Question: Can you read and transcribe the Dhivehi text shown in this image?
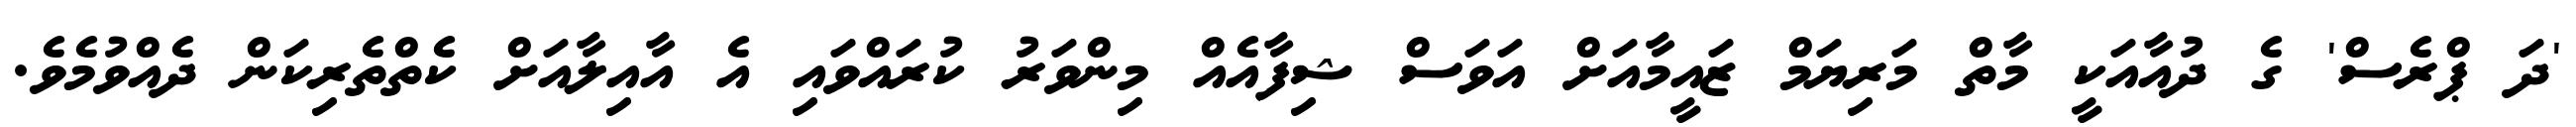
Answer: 'ދަ ޕްރެސް' ގެ ދުއާއަކީ މާތް މަރިޔަމް ޒައީމާއަށް އަވަސް ޝިފާއެއް މިންވަރު ކުރައްވައި އެ އާއިލާއަށް ކެތްތެރިކަން ދެއްވުމެވެ.